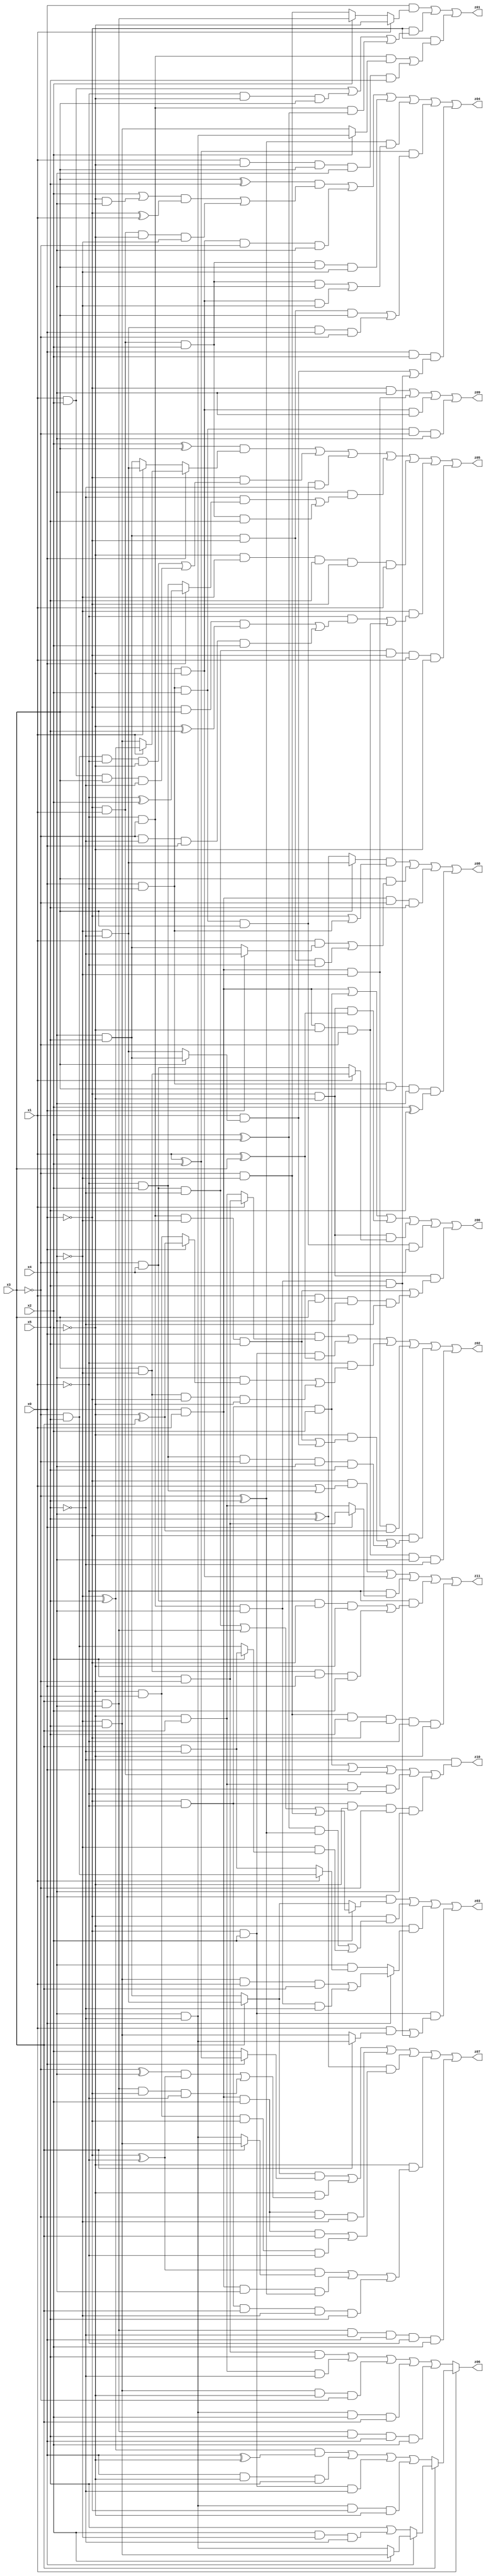
// Benchmark "X_24" written by ABC on Fri Jun 02 03:25:02 2023

module X_24 ( 
    x0, x1, x2, x3, x4, x5,
    z00, z01, z02, z03, z04, z05, z06, z07, z08, z09, z10, z11  );
  input  x0, x1, x2, x3, x4, x5;
  output z00, z01, z02, z03, z04, z05, z06, z07, z08, z09, z10, z11;
  assign z00 = (x0 & x1) | (~x0 & ~x1 & x2) | (~x0 & ~x2 & (x1 ^ x3)) | (~x0 & ~x2 & (x1 ? (x3 & ~x4) : (~x3 & x4))) | (x0 & ~x1 & x2 & x3 & x4) | (~x0 & ~x2 & ((~x1 & ~x3 & ~x4 & x5) | (x1 & x3 & x4 & ~x5)));
  assign z01 = (x0 & (x1 ? ~x2 : (x2 ? (x3 & x4) : (~x3 & ~x4)))) | (~x0 & ((x1 & x2) | (~x1 & ~x2 & x3) | (~x1 & ~x3 & (x2 ^ x4)))) | (~x0 & ((~x1 & ~x3 & (x2 ? (x4 & ~x5) : (~x4 & x5))) | (x1 & ~x2 & x3 & x4 & x5)));
  assign z02 = (x0 & (x1 ? (x2 & ~x3) : (~x2 & x3))) | (~x0 & x2 & (x1 ^ x3)) | (~x1 & ((x4 & (x0 ? (~x2 ^ x3) : (~x2 & ~x3))) | (x3 & ~x4 & ~x0 & ~x2))) | (x0 & x1 & ~x4 & (~x2 ^ x3)) | (~x0 & ((~x2 & ((~x1 & ~x3 & ~x4 & x5) | (x1 & (x3 ? (x4 & x5) : (~x4 & ~x5))))) | (~x1 & x2 & ~x3 & x4 & x5))) | (x0 & x1 & ~x2 & ~x3 & x4 & ~x5);
  assign z03 = (x0 & (x2 ? ((~x3 & x4 & ~x5) | (x3 & x4) | (~x3 & ~x4)) : (x3 ? (~x4 & ~x5) : (x4 & x5)))) | (~x0 & (((x2 ^ x4) & (~x3 ^ x5)) | (~x4 & (x2 ? (x3 & ~x5) : (~x3 & x5))))) | (~x2 & (x0 ? ((~x4 & x5 & x1 & x3) | (~x1 & ~x3 & x4 & ~x5)) : (x4 & (x1 ? (~x3 & x5) : (x3 & ~x5))))) | (~x0 & x2 & ((x1 & (x3 ? (x4 & ~x5) : (~x4 & x5))) | (~x1 & ~x3 & x4 & x5)));
  assign z04 = ((x3 ^ x5) & (((x2 | (~x2 & x4)) & (~x0 ^ x1)) | (~x0 & x1 & ~x2 & ~x4))) | (x0 & ~x1 & ~x2 & ~x3 & x4) | (~x0 & x1 & x2 & x3 & ~x4) | ((~x3 ^ x5) & ((~x0 & x1 & x2 & x4) | (x0 & ~x1 & ~x2 & ~x4))) | ((x1 ^ x2) & ((x4 & x5 & ~x0 & x3) | (~x4 & ~x5 & x0 & ~x3))) | (x0 & x2 & ((x1 & (x3 ? (x4 & x5) : (~x4 & ~x5))) | (~x1 & ~x3 & x4 & x5)));
  assign z05 = ((x2 ^ x3) & (x0 ? (x1 ? (~x4 ^ x5) : (~x4 & x5)) : (x1 ? (~x4 & ~x5) : (x4 & x5)))) | (~x0 & ((~x3 & x5 & ~x1 & ~x2) | (x1 & x2 & x3 & ~x5))) | (x0 & ~x1 & x2 & x3 & ~x5) | (x4 & ((~x5 & (x0 ? (~x1 ^ x2) : (~x1 & x2))) | (~x0 & x1 & x2 & x5))) | (~x2 & ~x4 & x5 & ~x0 & x1) | (~x4 & ((~x1 & ((~x0 & x3 & (~x2 ^ x5)) | (~x3 & ~x5 & x0 & x2))) | (x0 & x1 & ~x2 & ~x3))) | (~x3 & x4 & ~x5 & ~x0 & x1 & ~x2);
  assign z06 = x1 ? (x3 ? (x0 ? (x2 ? (~x4 & x5) : (x4 & ~x5)) : (x5 | (x2 & ~x4 & ~x5))) : (((~x4 ^ x5) & (x0 ^ ~x2)) | (x0 & ~x2 & x5) | (~x0 & x2 & ~x5) | (x4 & ~x5 & ~x0 & ~x2))) : ((x2 & ~x3 & x5) | (~x2 & x3 & ~x5) | (~x4 & x5 & ~x2 & ~x3) | (x4 & ~x5 & x2 & x3) | (x3 & x4 & x5 & x0 & x2));
  assign z07 = ((x3 ? (~x4 & ~x5) : (x4 & x5)) & (x0 ? (x1 ^ x2) : x2)) | (~x2 & (((~x3 ^ x4) & (~x0 ^ ~x1)) | (x3 & x4 & ~x0 & ~x1))) | (x0 & x1 & x2 & ~x3 & ~x4) | ((x4 ^ x5) & ((x0 & x1 & x2 & x3) | (~x2 & ~x3 & ~x0 & ~x1))) | (~x2 & (((~x0 ^ ~x1) & (x3 ? (~x4 & x5) : (x4 & ~x5))) | (x0 & x1 & x4 & (~x3 ^ x5)) | (~x0 & ~x1 & x3 & ~x4 & x5))) | (x3 & x4 & ~x5 & x0 & ~x1 & x2);
  assign z08 = ((x3 ? (~x4 & ~x5) : (x4 ^ x5)) & (~x0 | (x0 & ~x1))) | (x3 & ((x1 & (x0 ? ~x5 : (x4 & x5))) | (x4 & x5 & ~x0 & ~x1))) | (x0 & x1 & ~x3 & x5) | (x0 & ~x1 & x3 & x4 & (x2 ^ x5));
  assign z09 = (~x0 & x4) | (x0 & x1 & ~x4) | (x0 & ~x1 & ~x2 & x4) | (x0 & ~x1 & x2 & ~x3 & x4);
  assign z10 = ~x5 & ((~x0 & ~x1 & x2) | x0 | (~x0 & x1) | (~x2 & x3 & ~x0 & ~x1) | (~x0 & ~x1 & ~x2 & ~x3 & x4));
  assign z11 = (~x0 & (x1 | (~x1 & x2))) | (x0 & ~x1 & ~x2) | (~x1 & (x0 ? (x2 & ~x3) : (~x2 & x3))) | (~x1 & ((~x3 & x4 & ~x0 & ~x2) | (x3 & ~x4 & x0 & x2))) | (~x3 & ~x4 & x5 & ~x0 & ~x1 & ~x2);
endmodule